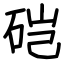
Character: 硙